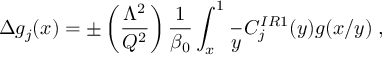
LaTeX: \Delta g _ { j } ( x ) = \pm \left( \frac { \Lambda ^ { 2 } } { Q ^ { 2 } } \right) \frac { 1 } { \beta _ { 0 } } \int _ { x } ^ { 1 } \frac { \d y } { y } C _ { j } ^ { I R 1 } ( y ) g ( x / y ) \; ,